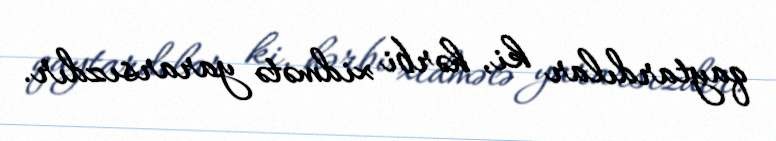
qaytardılar ki, hərbi xidmətə yararsızdır.